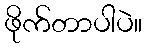
ဖိုက်တာပါပဲ။